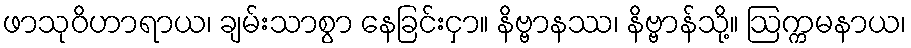
ဖာသုဝိဟာရာယ၊ ချမ်းသာစွာ နေခြင်းငှာ။ နိဗ္ဗာနဿ၊ နိဗ္ဗာန်သို့။ ဩက္ကမနာယ၊